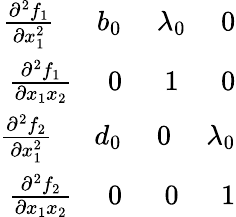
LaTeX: \begin{array}{r}{\frac{\partial^{2}f_{1}}{\partial x_{1}^{2}}\ \ \ \ \ \ b_{0}\ \ \ \ \ \lambda_{0}\ \ \ \ \ 0}\\ {\frac{\partial^{2}f_{1}}{\partial x_{1}x_{2}}\ \ \ \ \ 0\ \ \ \ \ \ 1\ \ \ \ \ \ 0}\\ {\frac{\partial^{2}f_{2}}{\partial x_{1}^{2}}\ \ \ \ \ \ d_{0}\ \ \ \ \ 0\ \ \ \ \ \lambda_{0}}\\ {\frac{\partial^{2}f_{2}}{\partial x_{1}x_{2}}\ \ \ \ \ 0\ \ \ \ \ \ 0\ \ \ \ \ \ 1}\end{array}